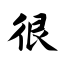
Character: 很